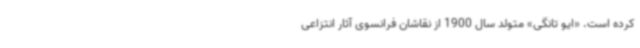
کرده است. «ایو تانگی» متولد سال 1900 از نقاشان فرانسوی آثار انتزاعی